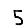
Digit: 5